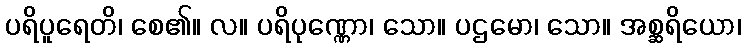
ပရိပူရေတိ၊ စေ၏။ လ။ ပရိပုဏ္ဏော၊ သော။ ပဌမော၊ သော။ အစ္ဆရိယော၊